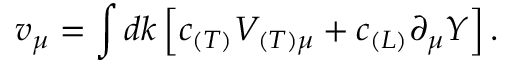
v _ { \mu } = \int d k \left[ c _ { ( T ) } V _ { ( T ) \mu } + c _ { ( L ) } \partial _ { \mu } Y \right] .